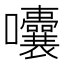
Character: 囔